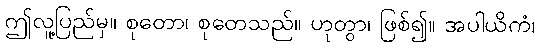
ဤလူ့ပြည်မှ။ စုတော၊ စုတေသည်။ ဟုတွာ၊ ဖြစ်၍။ အပါယိကံ၊